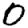
Digit: 0